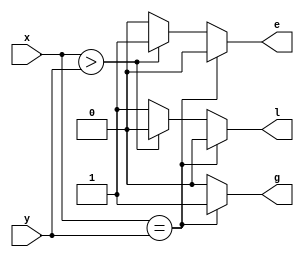
`timescale 1ns / 1ps
module four_bit_Comparator(x,y,g,e,l);
input [3:0] x,y;
output g,e,l;
reg g,e,l;
always @(x or y)
begin
g=0; e=0; l=0;
if(x==y)
g=1;
else if (x>y)
e=1;
else
l=1;
end
endmodule

module four_bit_Comparator_tb();
reg [3:0]x,y;
wire g,e,l;
integer i;
initial begin
x[3:0]=4'b0000; y[3:0]=4'b0000;
for(i=0;i<256;i=i+1)
begin
{x,y} = {x,y}+1;
#10;
end
end
four_bit_Comparator UUT(.x(x),.y(y),.g(g),.e(e),.l(l));
endmodule